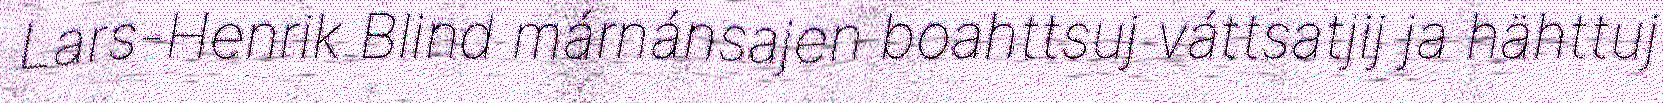
Lars-Henrik Blind márnánsajen boahttsuj váttsatjij ja hähttuj